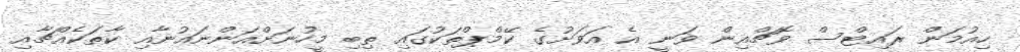
ހިއުމަން ރައިޓްސް ވޮޗްއިން ވަނީ އެ އަވަށުގެ ކޭމްޕްތަކުގައި ތިބި މީހުނަށްއަންނައުނާއި ކާތަކެއްޗާއި